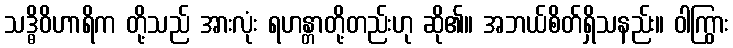
သဒ္ဓိဝိဟာရိက တို့သည် အားလုံး ရဟန္တာတို့တည်းဟု ဆို၏။ အဘယ်စိတ်ရှိသနည်း။ ဝါကြွား